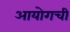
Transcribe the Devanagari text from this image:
आयोगची